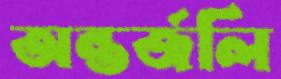
অন্তর্জলি